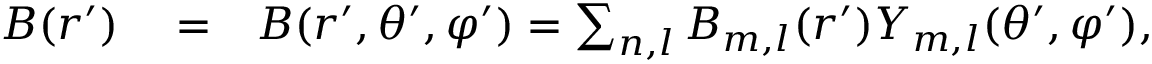
\begin{array} { r l r } { \boldsymbol B ( \boldsymbol r ^ { \prime } ) } & { { } = } & { \boldsymbol B ( r ^ { \prime } , \theta ^ { \prime } , \varphi ^ { \prime } ) = \sum _ { n , l } \boldsymbol B _ { m , l } ( r ^ { \prime } ) Y _ { m , l } ( \theta ^ { \prime } , \varphi ^ { \prime } ) , } \end{array}